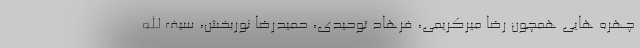
چهره هایی همچون رضا میرکریمی، فرهاد توحیدی، حمیدرضا نوربخش، سیف الله